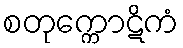
စတုက္ကောဋိကံ